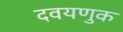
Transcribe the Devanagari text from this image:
दवयणुक